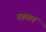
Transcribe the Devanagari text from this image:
रख्कर